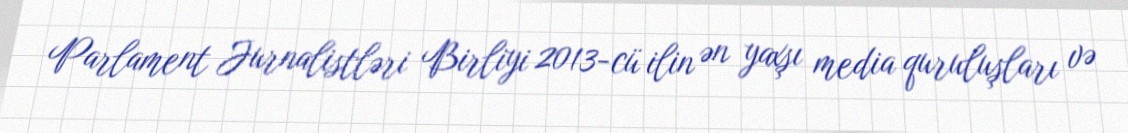
Parlament Jurnalistləri Birliyi 2013-cü ilin ən yaxşı media quruluşları və